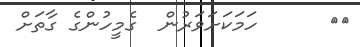
٤١      ހަމަކަށަވަރުން  ގެމީހުންގެ ގާތަށް